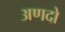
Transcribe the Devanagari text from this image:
अणदो